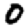
Digit: 0